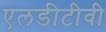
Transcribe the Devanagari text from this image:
एलडीटीवी